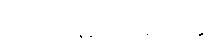
ကာလမထေရ်ဝတ္ထု